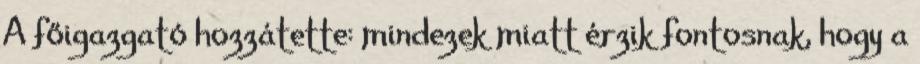
A főigazgató hozzátette: mindezek miatt érzik fontosnak, hogy a